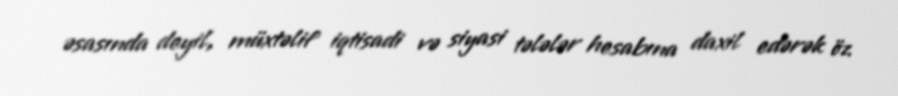
əsasında deyil, müxtəlif iqtisadi və siyasi tələlər hesabına daxil edərək öz